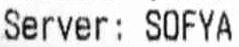
SERVER: SOFYA